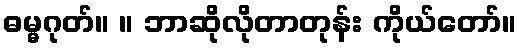
ဓမ္မဂုတ်။ ။ ဘာဆိုလိုတာတုန်း ကိုယ်တော်။